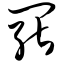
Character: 罢